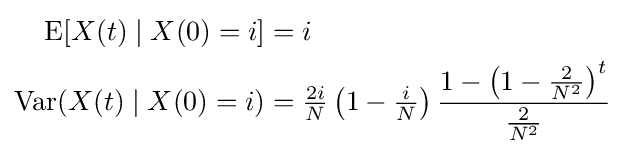
{\begin{aligned}\operatorname {E} [X(t)\mid X(0)=i]&=i\\\operatorname {Var} (X(t)\mid X(0)=i)&={\tfrac {2i}{N}}\left(1-{\tfrac {i}{N}}\right){\frac {1-\left(1-{\frac {2}{N^{2}}}\right)^{t}}{\frac {2}{N^{2}}}}\end{aligned}}